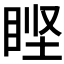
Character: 𰥣